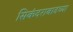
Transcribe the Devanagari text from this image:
सिकंदराबादच्या